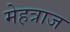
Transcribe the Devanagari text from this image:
मेहत्राज